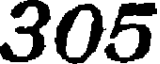
305